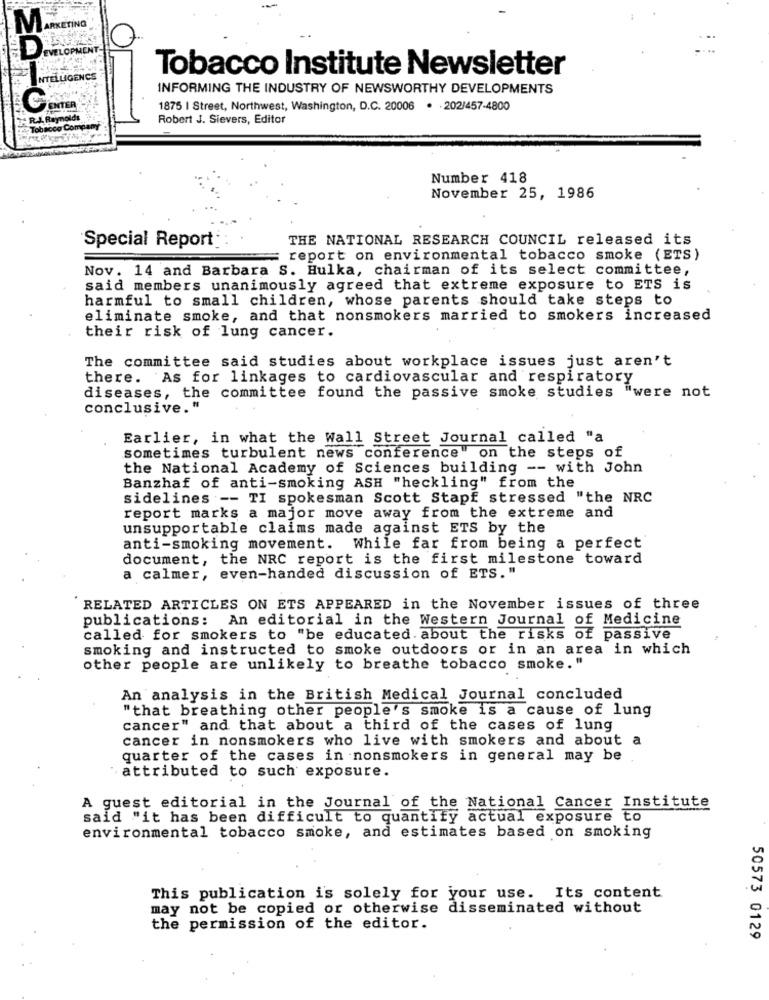
DEVELOPMENT
Tobacco Institute Newsletter
INTELLIGENCS
INFORMING THE INDUSTRY OF NEWSWORTHY DEVELOPMENTS
ENTER
1875 | Street, Northwest, Washington, D.C. 20006 . 202/457-4800
R.L. Reynolds
Robert J. Sievers, Editor
Tobacco Compam
Number 418
November 25, 1986
THE NATIONAL RESEARCH COUNCIL released its
Special Report:
report on environmental tobacco smoke (ETS)
Nov. 14 and Barbara S. Hulka, chairman of its select committee,
said members unanimously agreed that extreme exposure to ETS is
harmful to small children, whose parents should take steps to
eliminate smoke, and that nonsmokers married to smokers increased
their risk of lung cancer.
The committee said studies about workplace issues just aren't
there. As for linkages to cardiovascular and respiratory
diseases, the committee found the passive smoke studies "were not
conclusive."
Earlier, in what the Wall Street Journal called "a
sometimes turbulent news conference" on the steps of
the National Academy of Sciences building -- with John
Banzhaf of anti-smoking ASH "heckling" from the
sidelines -- TI spokesman Scott Stapf stressed "the NRC
report marks a major move away from the extreme and
unsupportable claims made against ETS by the
anti-smoking movement. While far from being a perfect
document, the NRC report is the first milestone toward
a calmer, even-handed discussion of ETS."
RELATED ARTICLES ON ETS APPEARED in the November issues of three
publications: An editorial in the Western Journal of Medicine
called for smokers to "be educated. about the risks of passive
smoking and instructed to smoke outdoors or in an area in which
other people are unlikely to breathe tobacco smoke."
An analysis in the British Medical Journal concluded
"that breathing other people's smoke is a cause of lung
cancer" and that about a third of the cases of lung
cancer in nonsmokers who live with smokers and about a
quarter of the cases in nonsmokers in general may be
attributed to such exposure.
A guest editorial in the Journal of the National Cancer Institute
said "it has been difficult to quantify actual exposure to
environmental tobacco smoke, and estimates based on smoking
This publication is solely for your use. Its content
may not be copied or otherwise disseminated without
the permission of the editor.
50573 0129